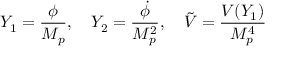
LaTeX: Y _ { 1 } = { \frac { \phi } { M _ { p } } } , \quad Y _ { 2 } = { \frac { \dot { \phi } } { M _ { p } ^ { 2 } } } , \quad \tilde { V } = { \frac { V ( Y _ { 1 } ) } { M _ { p } ^ { 4 } } }